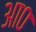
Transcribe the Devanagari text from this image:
आ०